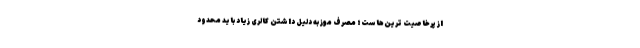
از پرخاصیت ترین‌هاست؛ مصرف موز به دلیل داشتن کالری زیاد باید محدود